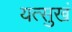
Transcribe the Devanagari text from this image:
यत्सुखं